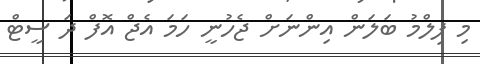
މި ފިލްމު ބަލަން އިންނަށް ޖެހުނީ ހަމަ އެޖް އޮފް ދަ ސީޓް